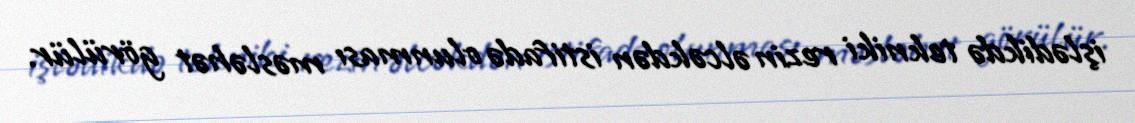
işlədikdə tekniki rezin əlcəkdən istifadə olunması məsləhət görülür.